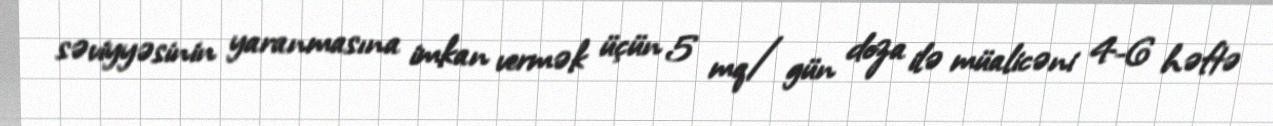
səviyyəsinin yaranmasına imkan vermək üçün 5 mq/gün doza ilə müalicəni 4-6 həftə